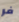
فر